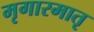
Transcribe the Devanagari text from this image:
मृगारमातृ